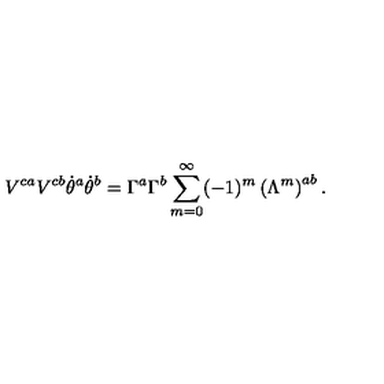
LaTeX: V ^ { c a } V ^ { c b } \dot { \theta } ^ { a } \dot { \theta } ^ { b } = \Gamma ^ { a } \Gamma ^ { b } \sum _ { m = 0 } ^ { \infty } ( - 1 ) ^ { m } \left( \Lambda ^ { m } \right) ^ { a b } .